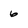
Character: 6